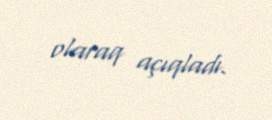
olaraq açıqladı.